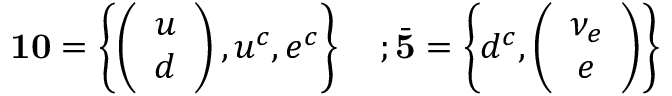
{ \bf 1 0 } = \left\{ \left( \begin{array} { c } { { u } } \\ { { d } } \end{array} \right) , u ^ { c } , e ^ { c } \right\} \quad ; \bar { \bf 5 } = \left\{ d ^ { c } , \left( \begin{array} { c } { { \nu _ { e } } } \\ { { e } } \end{array} \right) \right\}